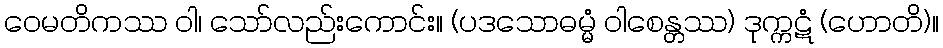
ဝေမတိကဿ ဝါ၊ သော်လည်းကောင်း။ (ပဒသောဓမ္မံ ဝါစေန္တဿ) ဒုက္ကဋံ (ဟောတိ)။